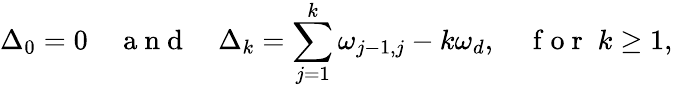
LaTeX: \Delta_{0}=0\quad\mathrm{~a~n~d~}\quad\Delta_{k}=\sum_{j=1}^{k}\omega_{j-1,j}-k\omega_{d},\quad\mathrm{~f~o~r~}\; k\geq 1,